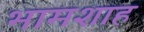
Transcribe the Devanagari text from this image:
भामशाह